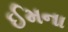
ઈમના